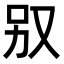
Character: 𠬱